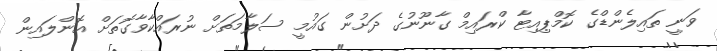
ވަނީ ތައިލެންޑްގެ ކޮމްޕިއިޓާ ކްރައިމް ގާނޫނުގެ ދަށުން ގައުމީ ސަލާމަތަށް ނުރައްކާވާގޮތަށް އޮންލައިން